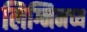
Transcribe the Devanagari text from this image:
लिग्निनच्य